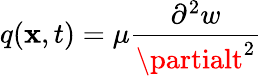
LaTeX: q(\mathbf{x},t)=\mu{\frac{{\partial^{2}w}}{{\partialt^{2}}}}